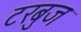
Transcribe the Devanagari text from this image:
टरबुज